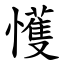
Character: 㦜